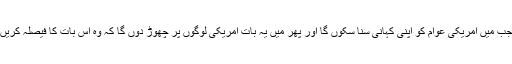
مجھے کل کا انتظار ہے جب میں امریکی عوام کو اپنی کہانی سنا سکوں گا اور پھر میں یہ بات امریکی لوگوں پر چھوڑ دوں گا کہ وہ اس بات کا فیصلہ کریں کہ کون سچ بول رہا ہے۔